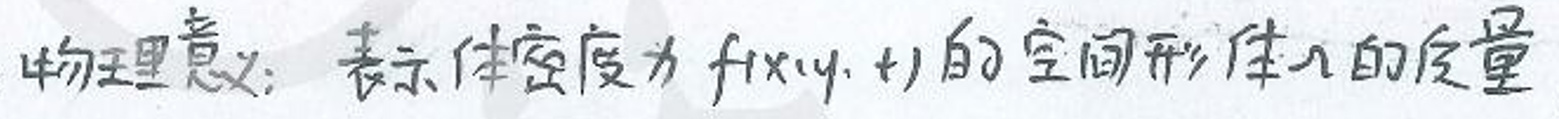
物理意义：表示体密度为\(f(x,y,z)\)的空间形体\(\Omega\)的质量